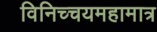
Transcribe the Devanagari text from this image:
विनिच्चयमहामात्र